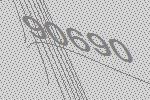
90690